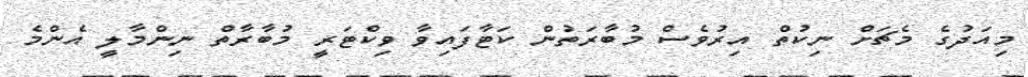
މިއަދުގެ މެޗަށް ނިކުތް އިރުވެސް މުބާރަތުން ކަޓާފައިވާ ވިކްޓަރީ މުބާރާތް ނިންމާލީ އެންމެ